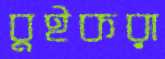
বুইকরা